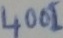
Text: 4001